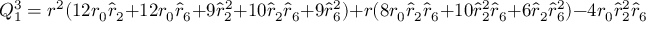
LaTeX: Q _ { 1 } ^ { 3 } = r ^ { 2 } ( 1 2 r _ { 0 } \hat { r } _ { 2 } + 1 2 r _ { 0 } \hat { r } _ { 6 } + 9 \hat { r } _ { 2 } ^ { 2 } + 1 0 \hat { r } _ { 2 } \hat { r } _ { 6 } + 9 \hat { r } _ { 6 } ^ { 2 } ) + r ( 8 r _ { 0 } \hat { r } _ { 2 } \hat { r } _ { 6 } + 1 0 \hat { r } _ { 2 } ^ { 2 } \hat { r } _ { 6 } + 6 \hat { r } _ { 2 } \hat { r } _ { 6 } ^ { 2 } ) - 4 r _ { 0 } \hat { r } _ { 2 } ^ { 2 } \hat { r } _ { 6 } ,